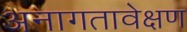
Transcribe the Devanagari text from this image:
अनागतावेक्षण